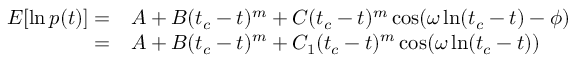
\begin{array} { r l } { E [ \ln p ( t ) ] = } & { { } A + B ( t _ { c } - t ) ^ { m } + C ( t _ { c } - t ) ^ { m } \cos ( \omega \ln ( t _ { c } - t ) - \phi ) } \\ { = } & { { } A + B ( t _ { c } - t ) ^ { m } + C _ { 1 } ( t _ { c } - t ) ^ { m } \cos ( \omega \ln ( t _ { c } - t ) ) } \end{array}